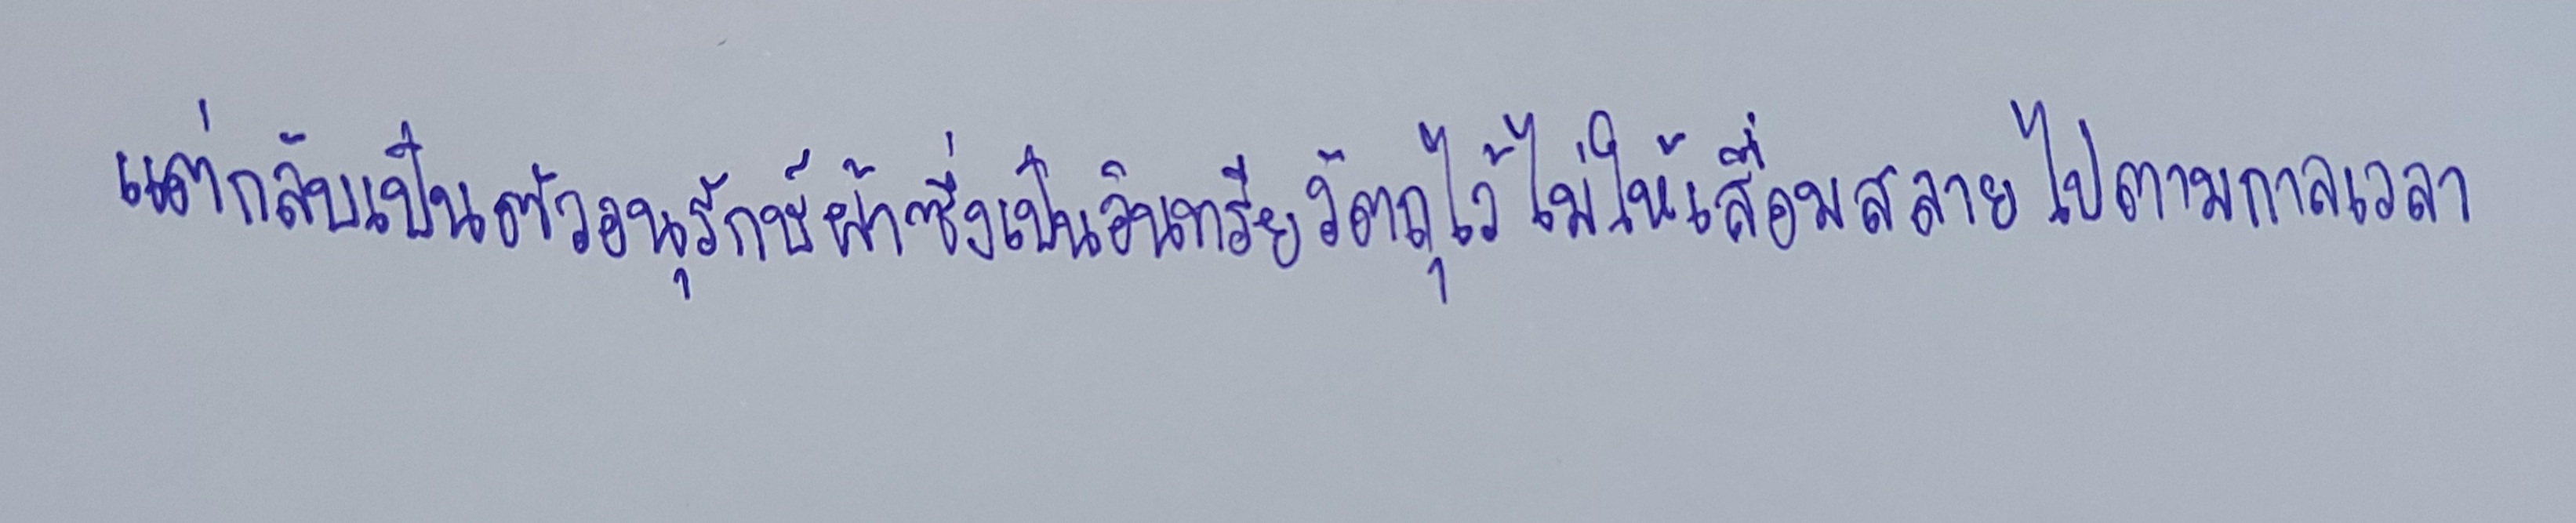
แต่กลับเป็นตัวอนุรักษ์ผ้าซึ่งเป็นอินทรียวัตถุไว้ไม่ให้เสื่อมสลายไปตามกาลเวลา